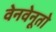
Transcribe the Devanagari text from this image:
वेनवेनूतो